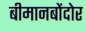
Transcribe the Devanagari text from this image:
बीमानबोंदोर